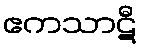
ဧကသာဋီ